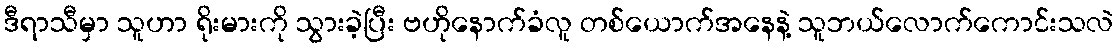
ဒီရာသီမှာ သူဟာ ရိုးမားကို သွားခဲ့ပြီး ဗဟိုနောက်ခံလူ တစ်ယောက်အနေနဲ့ သူဘယ်လောက်ကောင်းသလဲ